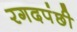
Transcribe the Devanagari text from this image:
रगदपंछी